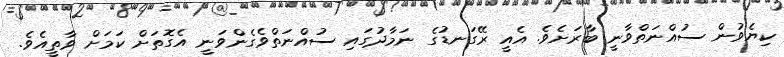
ކިޔެވުން ސުއްނަތްވާނީ ބާރަށެވެ. އެއީ ރޭގަނޑުގެ ނަމާދުގައި ސުއްނަތްވެގެންވަނީ އެގޮތަށް ކަމަށް ވާތީއެވެ.